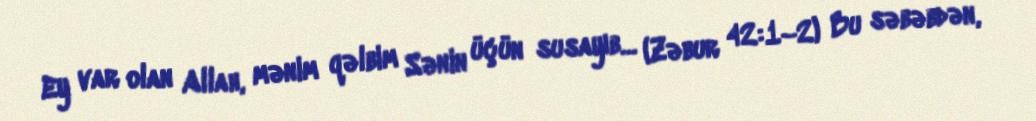
Ey var olan Allah, mənim qəlbim Sənin üçün susayıb… (Zəbur 42:1–2) Bu səbəbdən,